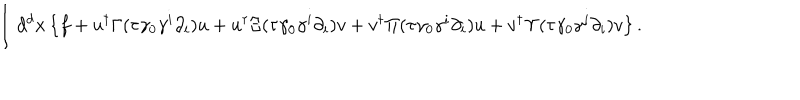
LaTeX: \int d ^ { d } x \left\{ f + u ^ { \dagger } \Gamma ( \tau \gamma _ { 0 } \gamma ^ { i } \partial _ { i } ) u + u ^ { \dagger } \Xi ( \tau \gamma _ { 0 } \gamma ^ { i } \partial _ { i } ) { v } + { v } ^ { \dagger } \Pi ( \tau \gamma _ { 0 } \gamma ^ { i } \partial _ { i } ) u + { v } ^ { \dagger } \Upsilon ( \tau \gamma _ { 0 } \gamma ^ { i } \partial _ { i } ) { v } \right\} .